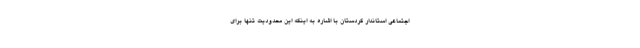
اجتماعی استاندار کردستان با اشاره به اینکه این محدودیت تنها برای